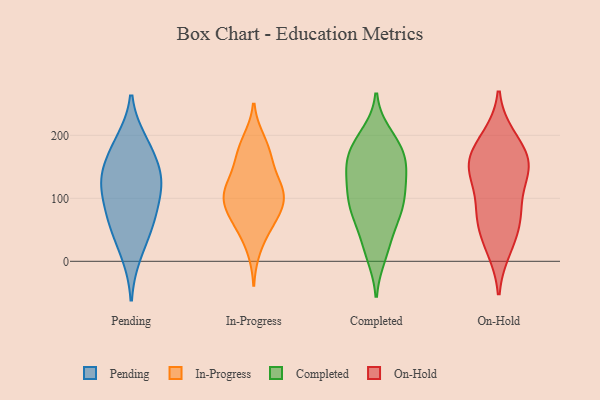
{"axis": {"x": "Energy Usage (MWh)", "y": "Value"}, "legend": ["Completed", "In-Progress", "On-Hold", "Pending"], "data": [{"x": "", "y": 54, "type": "Pending"}, {"x": "", "y": 149, "type": "Pending"}, {"x": "", "y": 125, "type": "Pending"}, {"x": "", "y": 114, "type": "Pending"}, {"x": "", "y": 183, "type": "Pending"}, {"x": "", "y": 141, "type": "Pending"}, {"x": "", "y": 72, "type": "Pending"}, {"x": "", "y": 63, "type": "Pending"}, {"x": "", "y": 114, "type": "Pending"}, {"x": "", "y": 190, "type": "Pending"}, {"x": "", "y": 11, "type": "Pending"}, {"x": "", "y": 60, "type": "In-Progress"}, {"x": "", "y": 96, "type": "In-Progress"}, {"x": "", "y": 164, "type": "In-Progress"}, {"x": "", "y": 58, "type": "In-Progress"}, {"x": "", "y": 192, "type": "In-Progress"}, {"x": "", "y": 187, "type": "In-Progress"}, {"x": "", "y": 107, "type": "In-Progress"}, {"x": "", "y": 124, "type": "In-Progress"}, {"x": "", "y": 164, "type": "In-Progress"}, {"x": "", "y": 145, "type": "In-Progress"}, {"x": "", "y": 103, "type": "In-Progress"}, {"x": "", "y": 99, "type": "In-Progress"}, {"x": "", "y": 104, "type": "In-Progress"}, {"x": "", "y": 80, "type": "In-Progress"}, {"x": "", "y": 118, "type": "In-Progress"}, {"x": "", "y": 61, "type": "In-Progress"}, {"x": "", "y": 19, "type": "In-Progress"}, {"x": "", "y": 150, "type": "Completed"}, {"x": "", "y": 139, "type": "Completed"}, {"x": "", "y": 104, "type": "Completed"}, {"x": "", "y": 10, "type": "Completed"}, {"x": "", "y": 36, "type": "Completed"}, {"x": "", "y": 82, "type": "Completed"}, {"x": "", "y": 177, "type": "Completed"}, {"x": "", "y": 104, "type": "Completed"}, {"x": "", "y": 78, "type": "Completed"}, {"x": "", "y": 82, "type": "Completed"}, {"x": "", "y": 100, "type": "Completed"}, {"x": "", "y": 135, "type": "Completed"}, {"x": "", "y": 182, "type": "Completed"}, {"x": "", "y": 18, "type": "Completed"}, {"x": "", "y": 190, "type": "Completed"}, {"x": "", "y": 200, "type": "Completed"}, {"x": "", "y": 174, "type": "Completed"}, {"x": "", "y": 68, "type": "Completed"}, {"x": "", "y": 152, "type": "Completed"}, {"x": "", "y": 144, "type": "Completed"}, {"x": "", "y": 169, "type": "On-Hold"}, {"x": "", "y": 150, "type": "On-Hold"}, {"x": "", "y": 29, "type": "On-Hold"}, {"x": "", "y": 148, "type": "On-Hold"}, {"x": "", "y": 151, "type": "On-Hold"}, {"x": "", "y": 192, "type": "On-Hold"}, {"x": "", "y": 137, "type": "On-Hold"}, {"x": "", "y": 90, "type": "On-Hold"}, {"x": "", "y": 65, "type": "On-Hold"}, {"x": "", "y": 147, "type": "On-Hold"}, {"x": "", "y": 197, "type": "On-Hold"}, {"x": "", "y": 20, "type": "On-Hold"}, {"x": "", "y": 76, "type": "On-Hold"}, {"x": "", "y": 71, "type": "On-Hold"}]}